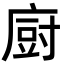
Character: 𢊍